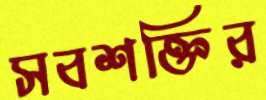
সবশক্তির